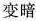
变暗